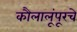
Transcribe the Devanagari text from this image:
कौलालूंपूरचे